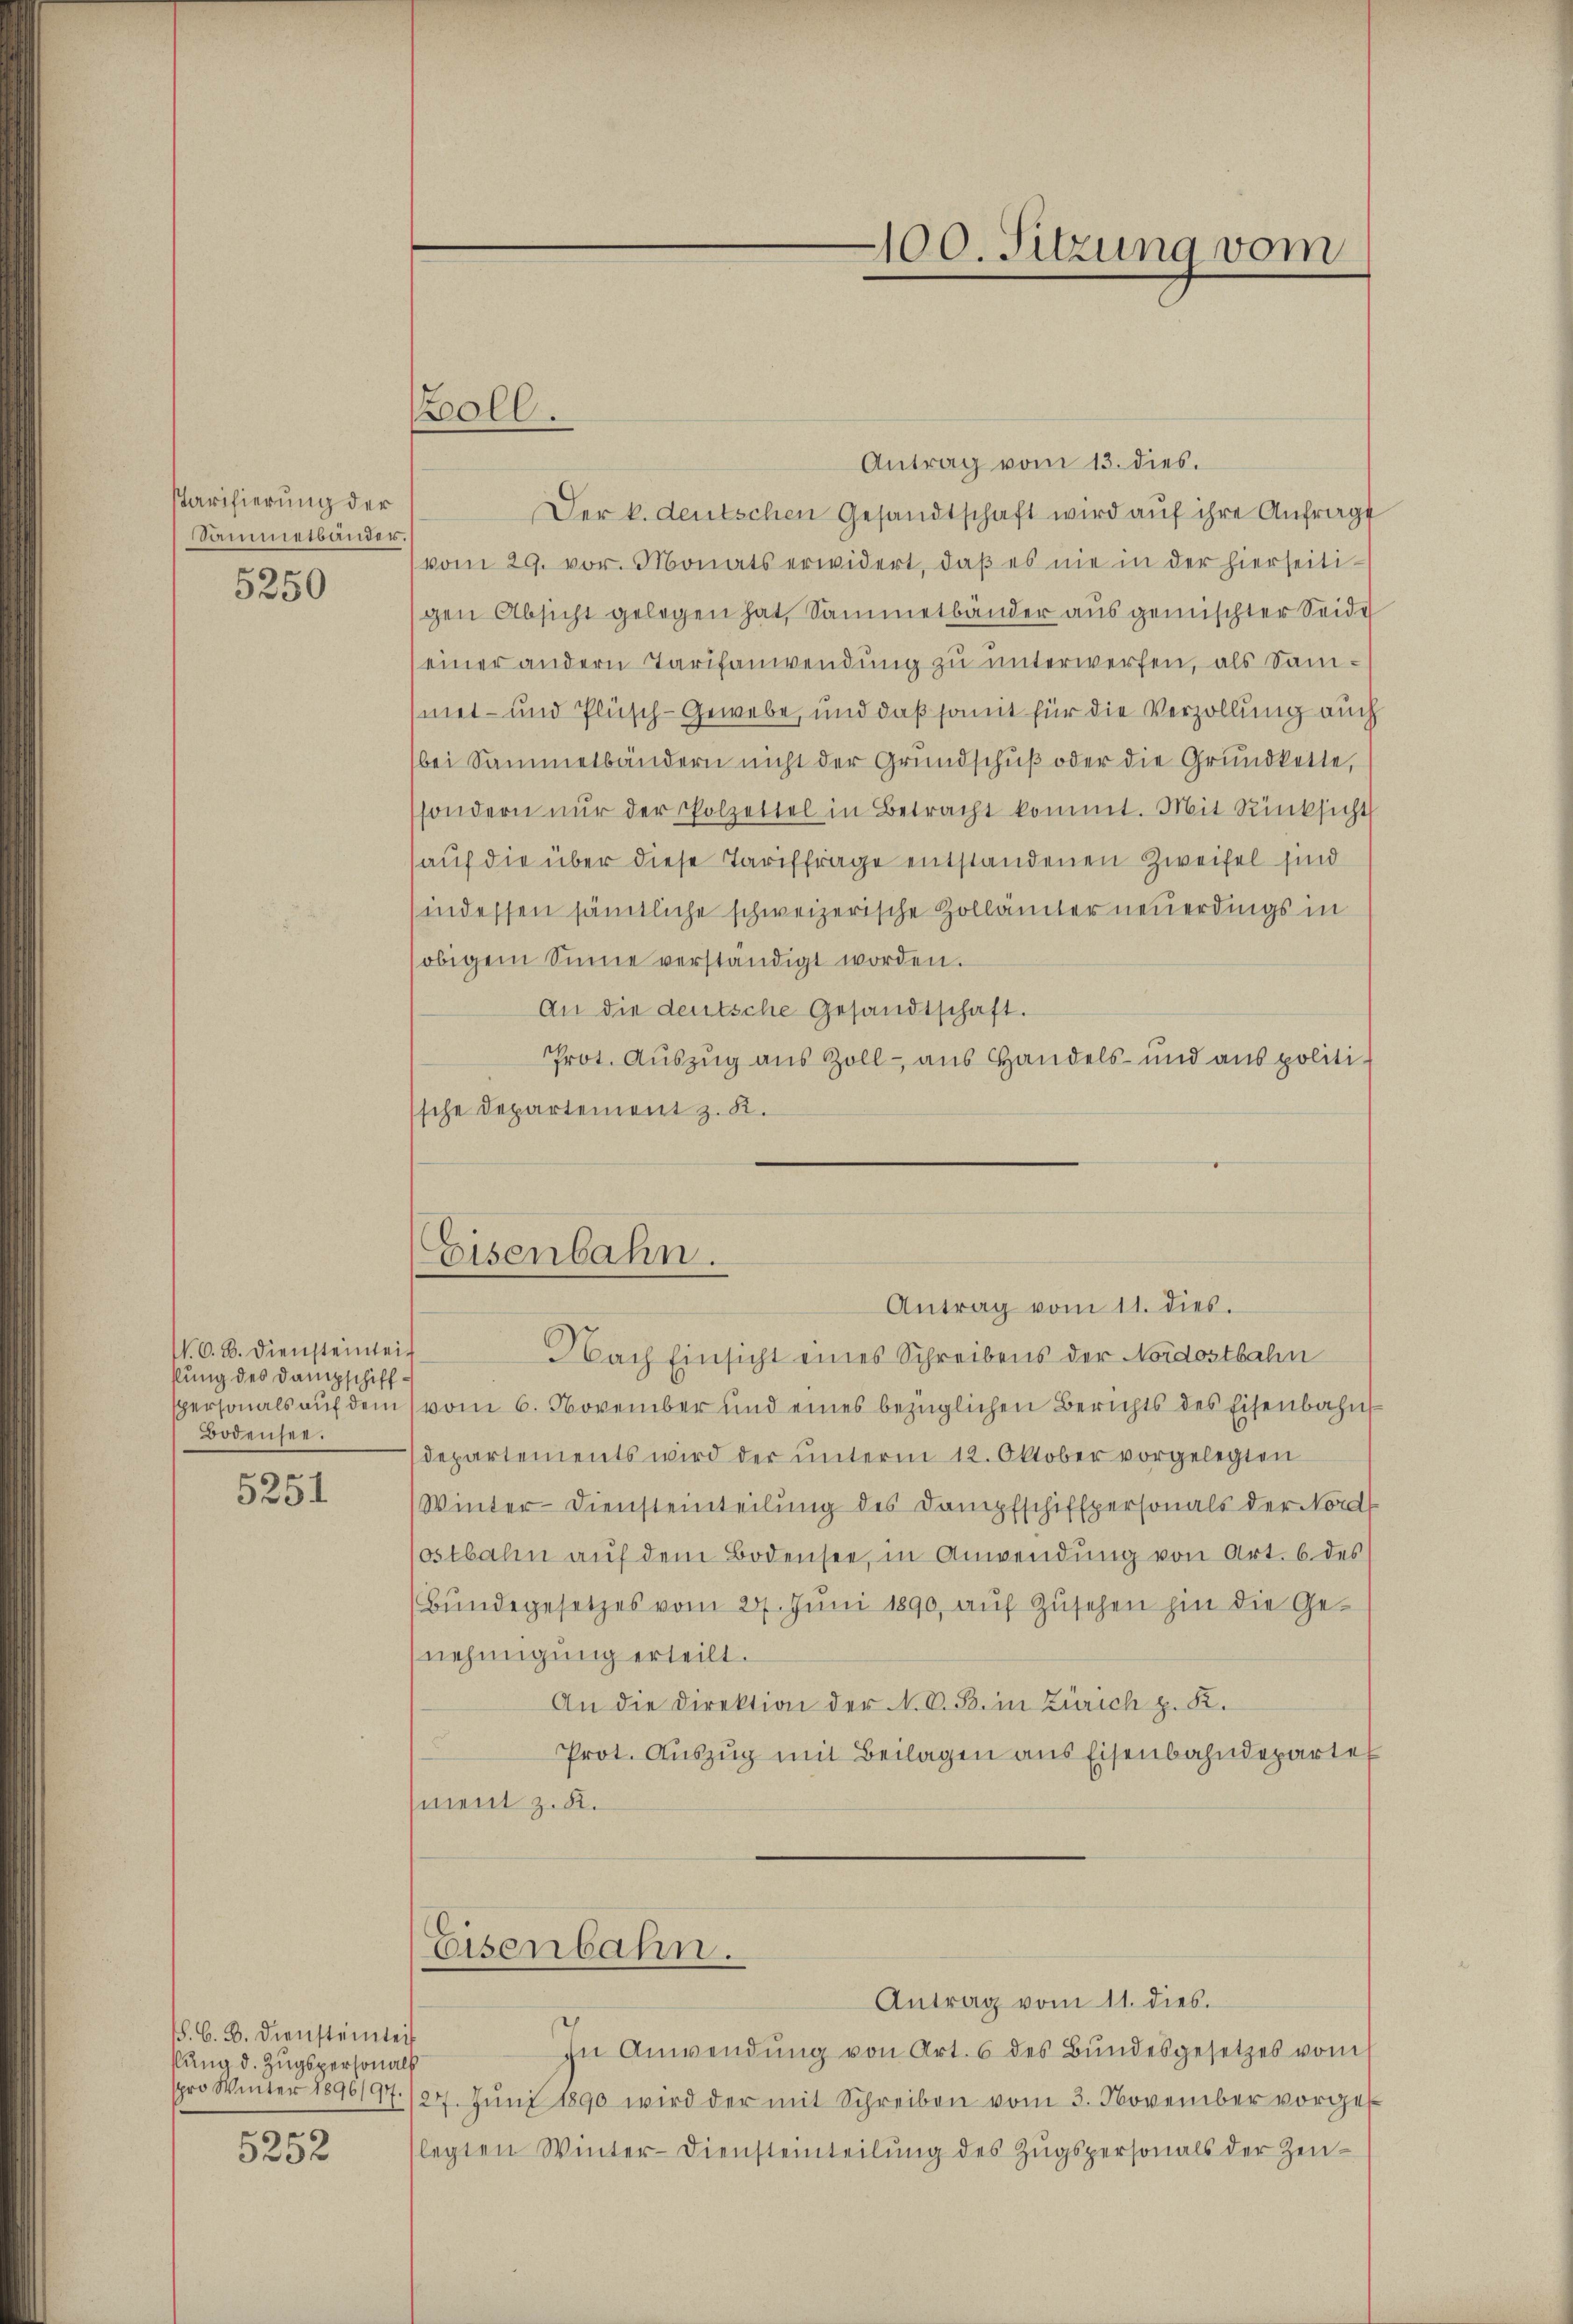
Parisierung der
Sammetbander.
5250

N. O. B. Diensteinheit
klung des Dampschiff¬
Bodensee.

5251

S. G. B. Diensteinleit
slung d. Zugspersonals
.

3352

Antrag vom 13. dies.
Der k. deutschen Gesandtschaft wird auf ihre Anfragt
(vom 29. vor. Monats erwidert, daβ es nie in der hierseiti-
gen Absicht gelegen hat, Sammetbänder ausgemischter Seide
(einer andern Tarifanwendung zu unterwerfen, als Sammet- und Plüsch-Gewebe, und daß somit für die Verzollung auch
(bei Sammelbändern nicht der Grundschuß oder die Grundkette,
sondern nŭr der Polzettel in Betracht kommt. Mit Rücksicht
auf die über diese Tariffrage entstandenen Zweifel sind
(indessen sämtliche schweizerische Zollämter neuerdings in
obigem Sinne verständigt worden.
An die deutsche Gesandtschaft.
Prot. Auszug aus Zoll - aus Handels- und aus politi
sche Departement z. K.

Boll.

Eisenbahn.
Antrag vom 11. dies.

100. Sitzung vom

Nach Einsicht eines Schreibens der Nordostbahn
spersonals auf dem vom 6. November und eines bezüglichen Berichts des Eisenbahn
departements wird der ŭnterm 12. Oktober vorgelegten
Winter-Diensteinteilung des Dampfschifspersonals der Nord
ostbahn aŭf dem Bodensee, in Anwendung von Art. 6 des
(Bŭndegesetzes vom 27. Jŭni 1890, aŭf Zŭsehen hin die Ge-
nehmigung erteilt.
An die Direktion der N. O. B. in Zürich p. K.
Prot. Aŭszŭg mit Beilagen aus Eisenbahndepartet
(ment z. B.

In Anwendŭng von Art. 6 des Bŭndesgesetzes vom
pro Winter 1896/97./27. Jŭni 1890 wird der mit Schreiben vom 3. November vorges
legten Winter-Diensteinteilŭng des Zŭgspersonals der Zeu¬

Eisenbahn.
Antrag vom 11. dies.